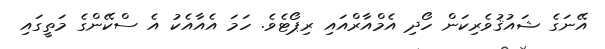
އޭނަގެ ޝައުޤުވެރިކަން ހޯދި އެމްއާރްއައި ރިޕޯޓެވެ. ހަމަ އެއާއެކު އެ ސްކޭންގެ މަތީގައި